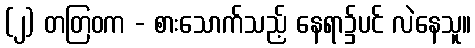
(၂) တတြဝက - စားသောက်သည့် နေရာ၌ပင် လဲနေသူ။